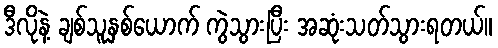
ဒီလိုနဲ့ ချစ်သူနှစ်ယောက် ကွဲသွားပြီး အဆုံးသတ်သွားရတယ်။